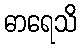
ဓာရေသိ